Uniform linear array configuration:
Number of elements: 12
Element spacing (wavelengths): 0.5
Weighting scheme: kaiser
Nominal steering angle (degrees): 0
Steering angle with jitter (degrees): -0.4068
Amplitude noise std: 0.05
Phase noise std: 0.05

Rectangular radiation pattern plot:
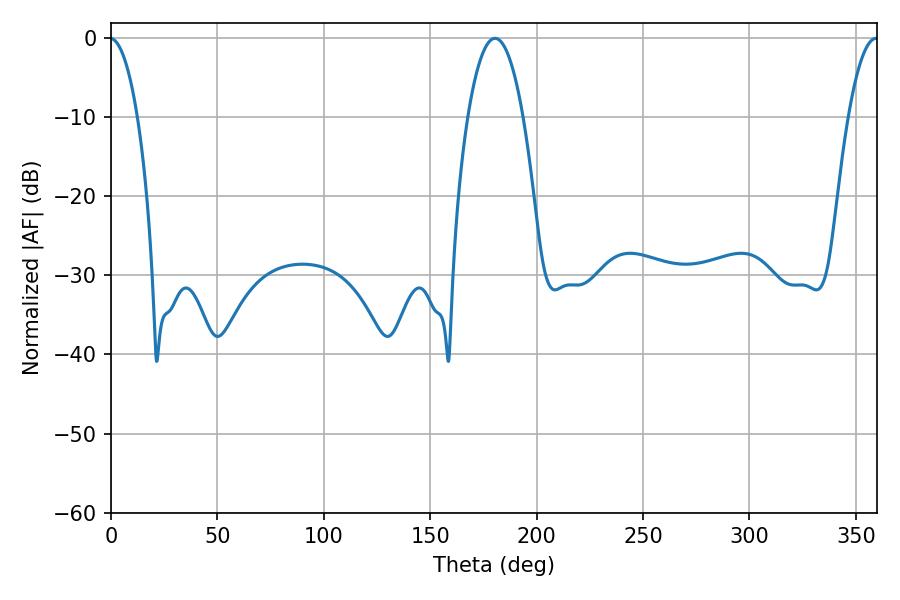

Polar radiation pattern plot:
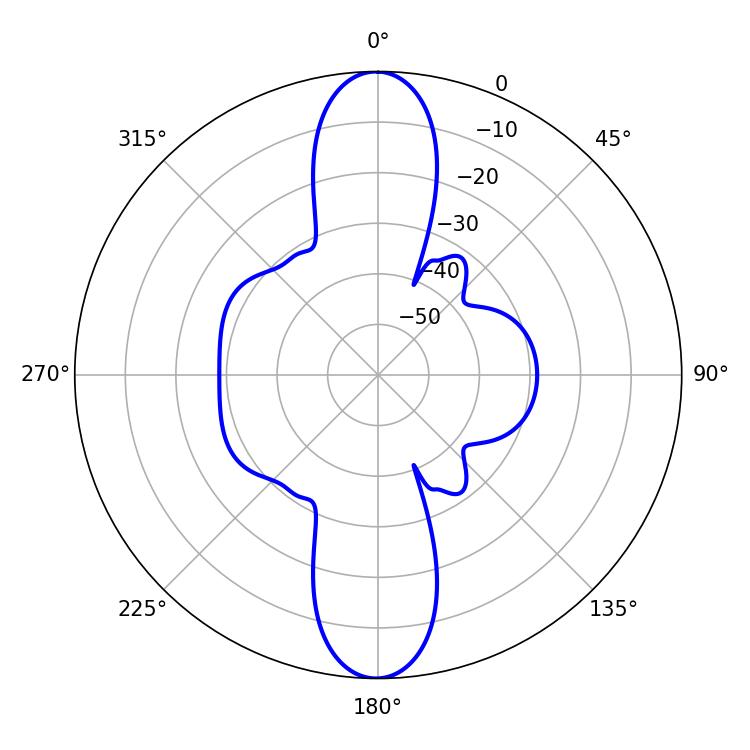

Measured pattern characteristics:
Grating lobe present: FALSE
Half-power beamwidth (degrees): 14.4
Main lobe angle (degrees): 180.54